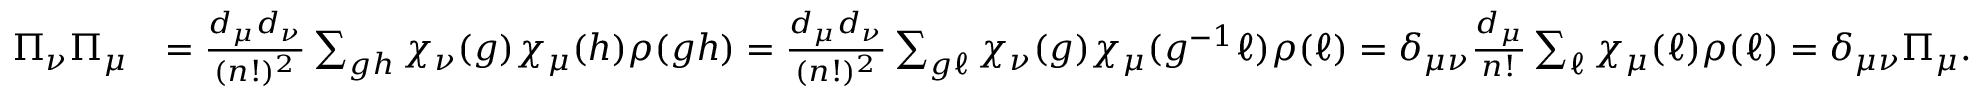
\begin{array} { r l } { \Pi _ { \nu } \Pi _ { \mu } } & { = \frac { d _ { \mu } d _ { \nu } } { ( n ! ) ^ { 2 } } \sum _ { g h } \chi _ { \nu } ( g ) \chi _ { \mu } ( h ) \rho ( g h ) = \frac { d _ { \mu } d _ { \nu } } { ( n ! ) ^ { 2 } } \sum _ { g \ell } \chi _ { \nu } ( g ) \chi _ { \mu } ( g ^ { - 1 } \ell ) \rho ( \ell ) = \delta _ { \mu \nu } \frac { d _ { \mu } } { n ! } \sum _ { \ell } \chi _ { \mu } ( \ell ) \rho ( \ell ) = \delta _ { \mu \nu } \Pi _ { \mu } . } \end{array}